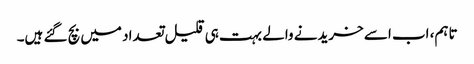
تاہم، اب اسے خریدنے والے بہت ہی قلیل تعداد میں بچ گئے ہیں۔